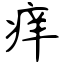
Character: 痒